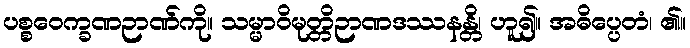
ပစ္စဝေက္ခဏဉာဏ်ကို။ သမ္မာဝိမုတ္တိဉာဏဒဿနန္တိ၊ ဟူ၍။ အဓိပ္ပေတံ၊ ၏။